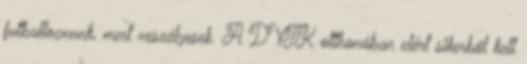
futballoznunk, mert veszélyesek. A DVTK otthonában elért sikerből kell